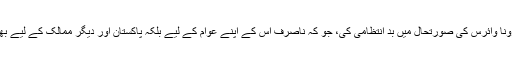
ان کا کہنا تھا کہ یہ عام فہم بات ہے کہ تہران نے کورونا وائرس کی صورتحال میں بد انتظامی کی، جو کہ ناصرف اس کے اپنے عوام کے لیے بلکہ پاکستان اور دیگر ممالک کے لیے بھی بڑھ کر عوامی صحت کا ایک بڑا مسئلہ بن گئی ہے۔